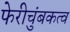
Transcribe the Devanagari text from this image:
फेरीचुंबकत्व